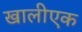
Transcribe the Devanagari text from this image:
खालीएक